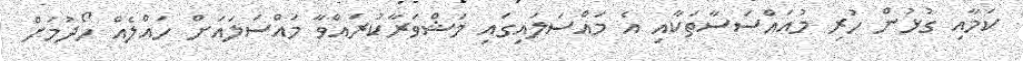
ކަމާއި ގުޅުން ހުރި މުއައްސަސާތަކާއި އެ މައްސަލައިގައި މަޝްވަރާކުރައްވާ މައްސަލައަށް ހައްލެއް ހޯދުމަށް